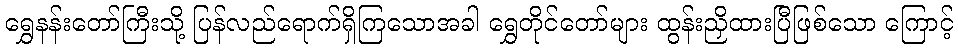
ရွှေနန်းတော်ကြီးသို့ ပြန်လည်ရောက်ရှိကြသောအခါ ရွှေတိုင်တော်များ ထွန်းညှိထားပြီဖြစ်သော ကြောင့်